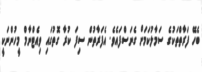
ބެހޭ ފަރާތްތަކުގެ ސަމާލުކަމަށް ގެނަސްފައެވެ. އެފަރާތުން ސިފަ ކުރާ ގޮތުގައި ވިއެޓްނާމް މީހުންނަކީ